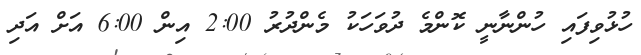
ހުޅުވިފައި ހުންނާނީ ކޮންމެ ދުވަހަކު މެންދުރު 2:00 އިން 6:00 އަށް އަދި